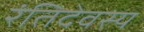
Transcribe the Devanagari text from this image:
रंतिदेवस्य